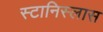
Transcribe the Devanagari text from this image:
स्टानिस्लास